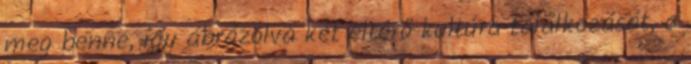
meg benne, így ábrázolva két eltérő kultúra találkozását, a